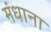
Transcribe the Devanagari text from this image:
मंधाना